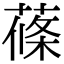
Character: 蓧